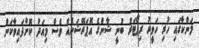
ލަންކާގައި ހުރި ހަވީރު ރިޕޯޓަރު ބުނީ ޝާންގެ އޮޕަރޭޝަނެއް ވެސް މިއަދު ކޮށްފައިވާކަން